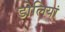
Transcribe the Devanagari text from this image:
डोलियां